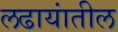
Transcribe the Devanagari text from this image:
लढायांतील